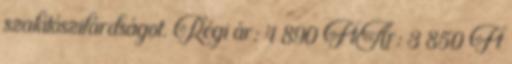
szakítószilárdságot. Régi ár: 4 890 FtÁr: 3 850 Ft